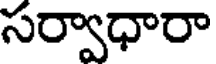
సర్వాధారా